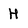
Character: H